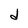
Character: d